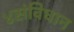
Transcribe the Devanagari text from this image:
४संविधान